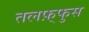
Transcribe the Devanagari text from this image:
तलफ़्फुस